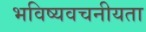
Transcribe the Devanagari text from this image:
भविष्‍यवचनीयता